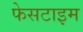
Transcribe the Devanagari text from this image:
फेसटाइम